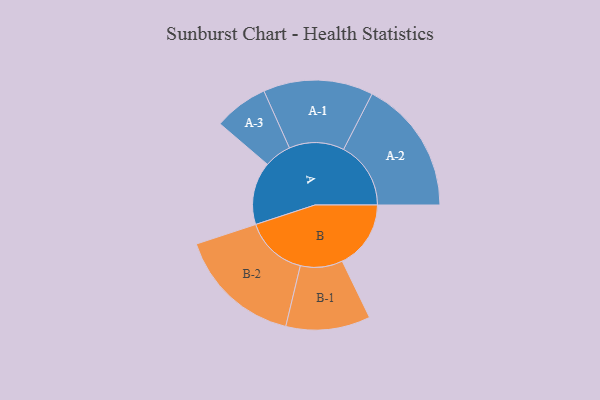
{"axis": {"x": "Segment", "y": "Value"}, "legend": ["", "A", "B"], "data": [{"x": "A", "y": 271, "type": ""}, {"x": "B", "y": 296, "type": ""}, {"x": "A-1", "y": 237, "type": "A"}, {"x": "A-2", "y": 290, "type": "A"}, {"x": "A-3", "y": 117, "type": "A"}, {"x": "B-1", "y": 182, "type": "B"}, {"x": "B-2", "y": 269, "type": "B"}]}